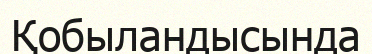
Қобыландысында